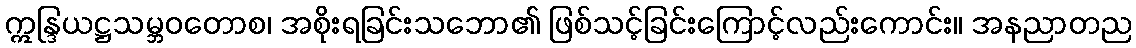
ဣန္ဒြယဋ္ဌသမ္ဘဝတောစ၊ အစိုးရခြင်းသဘော၏ ဖြစ်သင့်ခြင်းကြောင့်လည်းကောင်း။ အနညာတည